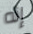
إنه